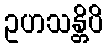
ဥဟသန္တိပိ